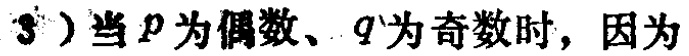
3）当\(p\)为偶数、\(q\)为奇数时，因为